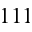
1 1 1